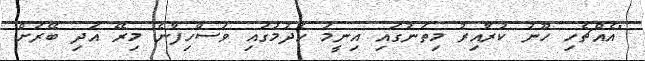
"އެއްޗެހި ހޫނު ކުރާއިރު މިތަނުގައި އިނީމަ ހެދުމުގައި ވަސްހިފާނެ މިރޭ އަދި ބޭރަށް